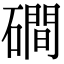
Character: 磵